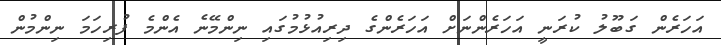
އަހަރެން ގަބޫލު ކުރަނީ އަހަރެންނަށް އަހަރެންގެ ދިރިއުޅުމުގައި ނިންމޭނެ އެންމެ ފުރިހަމަ ނިންމުން